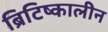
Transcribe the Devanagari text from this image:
ब्रिटिष्कालीन